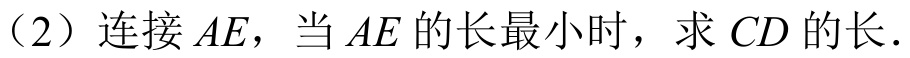
（2）连接\(AE\)，当\(AE\)的长最小时，求\(CD\)的长．